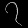
Digit: ၇